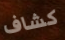
كشاف